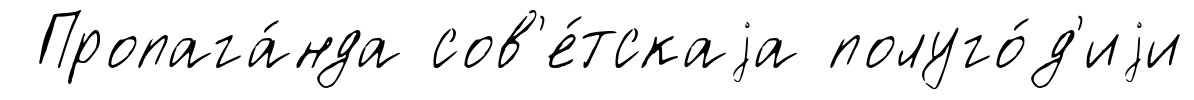
Пропага́нда сов'е́тскаjа полуго́д'иjи